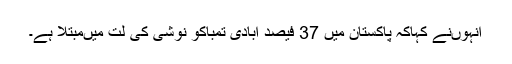
انہوںنے کہاکہ پاکستان میں 37 فیصد آبادی تمباکو نوشی کی لت میںمبتلا ہے۔